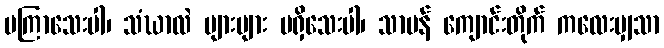
မကြာသေးပါ၊ သံဃာလဲ များများ မရှိသေးပါ၊ သာမန် ကျောင်းတိုက် ကလေးမျှသာ